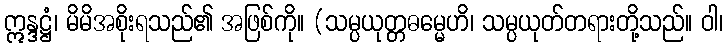
ဣန္ဒဋ္ဌံ၊ မိမိအစိုးရသည်၏ အဖြစ်ကို။ (သမ္ပယုတ္တဓမ္မေဟိ၊ သမ္ပယုတ်တရားတို့သည်။ ဝါ၊